Angerja_oigeusu_kogudus, lk 27
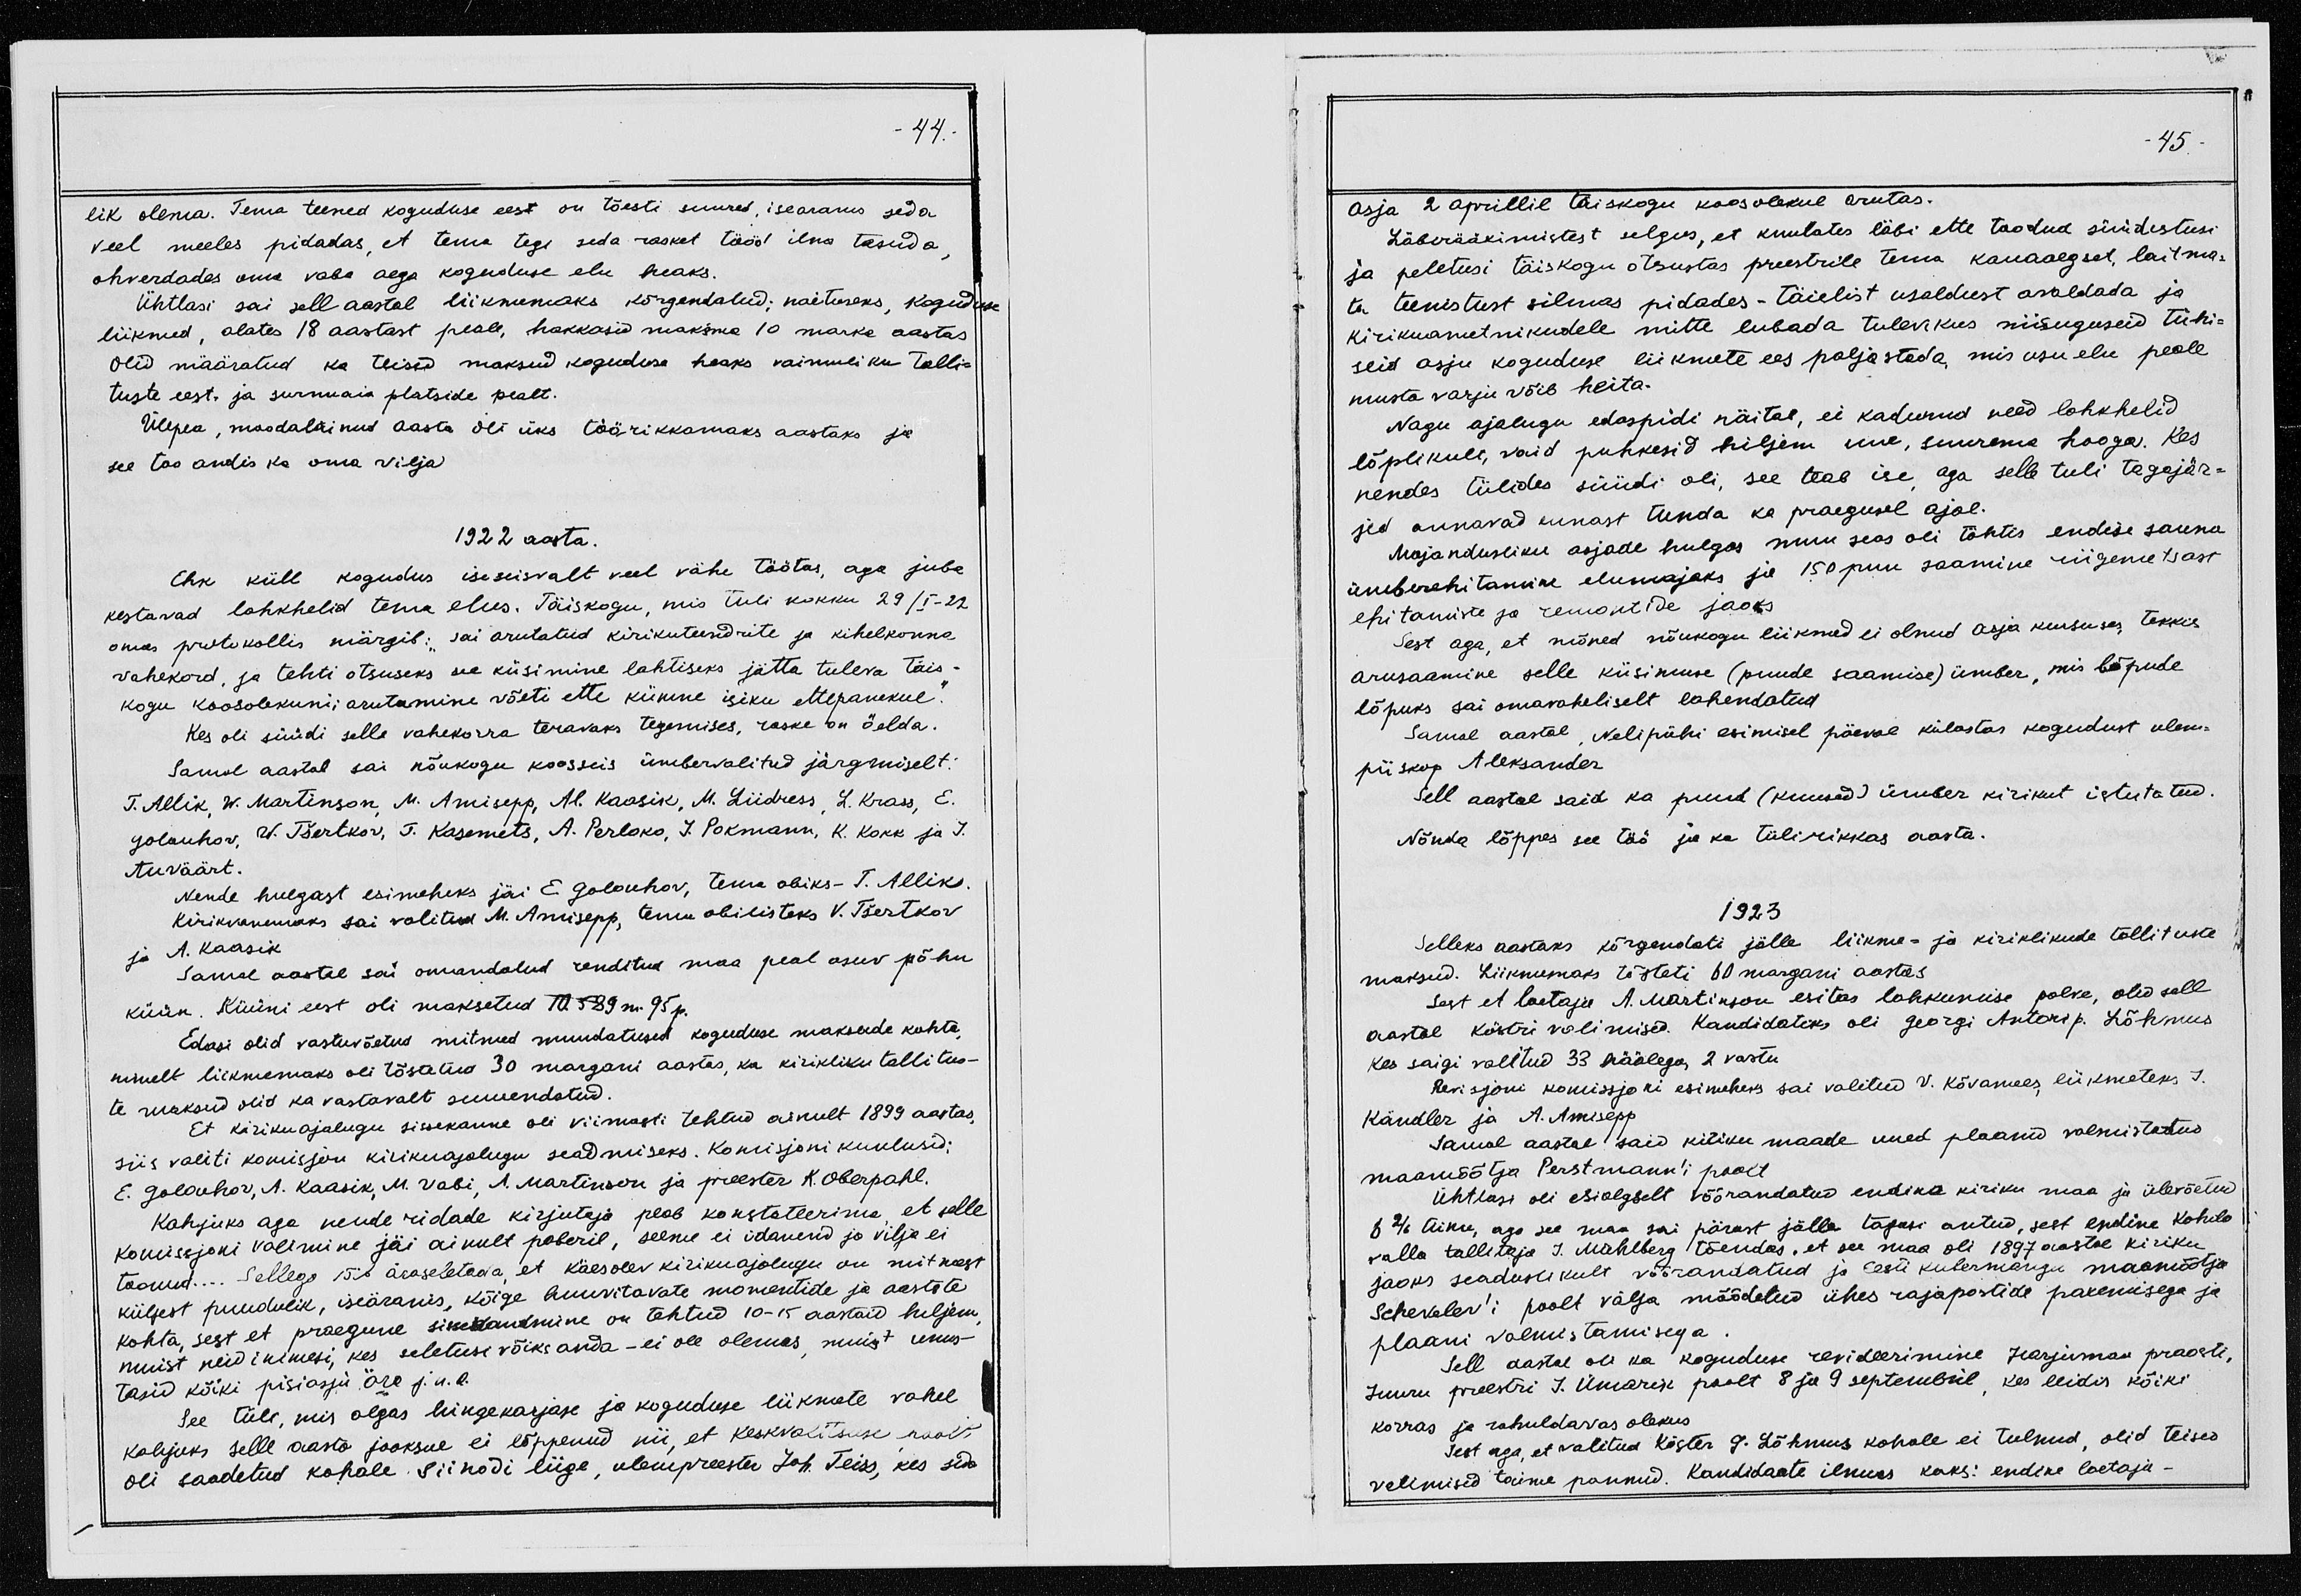
44.
lik olema. Tema teened koguduse eest on tõesti suured, isearanis seda
veel meeles pidades, et tema tegi seda rasket tööd ilma tasuda, 
ohverdades oma vaba aega koguduse elu heaks. 
Ühtlasi sai sell aastal liikmemaks kõrgendatud: näituseks, koguduse 
liikmed, alates 18 aastast peale, hakkasid maksma 10 marka aastas 
Olid määratud ka teised maksud koguduse heaks vaimuliku talli-
tuste eest ja surnuaia platside pealt. 
Ülepea, moodaläinud aasta oli üks töörikkamaks aastaks ja
see too andis ka oma vilja
1922 aasta.
Ehk küll kogudus iseseisvalt veel vähe töötas, aga juba
kestavad lahkhelid tema elus. Täiskogu, mis tuli kokku 29/I-22
omas protokollis märgib: "sai arutatud kirikuteendrite ja kihelkonna 
vahekord, ja tehti otsuseks see küsimine lahtiseks jätta tuleva täis-
kogu koosolekuni; arutamine võeti ette kümne isiku ettepanekul."
Kes oli süüdi selle vahekorra teravaks tegemises, raske on öelda. 
Samal aastal sai nõukogu koosseis ümbervalitud järgmiselt: 
T. Allik, W. Martinson, M. Amisepp, Al. Kaasik, M. Liidress, L. Krass, E. 
Golouhov, U. Tšertkov, T. Kasemets, A. Perloko, J. Pokmann, K. Kokk ja J. 
Auväärt.
Nende hulgast esimeheks jäi E. Golouhov, tema abiks - T. Allik.
Kirikuvanemaks sai valitud M. Amisepp, tema abilisteks V. Tšertkov 
ja A. Kaasik 
Samal aastal sai omandatud renditud maa peal asuv põhu 
küün. Küüni eest oli makstud 10.589 m. 95 p. 
Edasi olid vastuvõetud mitmed muudatused koguduse maksude kohta, 
nimelt liikmemaks oli tõstetud 30 margani aastas, ka kirikliku tallitus-
te maksud olid ka vastavalt suurendatud. 
Et kirikuajalugu sissekanne oli viimasti tehtud ainult 1899 aastas,
siis valiti komisjon kirikuajalugu seadmiseks. Komisjoni kuulusid: 
E. Golouhov, A. Kaasik, M. Vabi, A. Martinson ja preester K. Oberpahl. 
Kahjuks aga nende ridade kirjutaja peab konstateerima, et selle 
komisjoni valimine jäi ainult paberil, seeme ei idanend ja vilja ei 
toonud.... Sellega võib äraseletada, et käesolev kirikuajalugu on mitmest 
küljest puudulik, iseäranis, kõige huuvitavate momentide ja aastate
kohta, sest et praegune sissekandmine on tehtud 10-15 aastaid hiljem, 
muist neid inimesi, kes seletusi võiks anda - ei ole olemas, muist unus-
tasid kõiki pisiasju ära j.n.e. 
See tüli, mis algas hingekarjase ja koguduse liikmete vahel 
kahjuks selle aasta jooksul ei lõppenud nii, et keskvalitsuse poolt 
oli saadetud kohale siinodi liige, ülempreester Joh. Teiss, kes seda

45.
asja 2. aprillil täiskogu koosolekul arutas. 
Läbirääkimistest selgus, et kuulates läbi ette toodud süüdistusi
ja peletusi täiskogu otsustas preestrile tema kauaaegset, laitma-
ta teenistust silmas pidades - täielist usaldust avaldada ja 
kirikuametnikudele mitte lubada tulevikus niisuguseid tühi-
seid asju koguduse liikmete ees paljastada, mis usu elu peale 
musta varju võib heita. 
Nagu ajalugu edaspidi näitas, ei kadunud need lohkhelid 
lõplikult, vaid puhkesid hiljem uue, suurema hooga. Kes
nendes tülides süüdi oli, see teab ise, aga selle tuli tagajär-
jed annavad ennast tunda ka praegusel ajal. 
Majandusliku asjade hulgas muu seas oli tähtis endise sauna 
ümberehitamine elumajaks ja 150 puu saamine riigimetsast 
ehitamiste ja remontide jaoks
Sest aga, et mõned nõukogu liikmed ei olnud asja kursuses, tekkis
arusaamine selle küsimuse (puude saamise) ümber, mis lõpude 
lõpuks sai omavaheliselt lahendatud 
Samal aastal, Nelipühi esimesel päeval külastas kogudust ulem-
piiskop Aleksander
Sell aastal said ka puud (kuused) ümber kirikut istutatud. 
Nõnda lõppes see töö ja ka tülirikkas aasta.